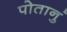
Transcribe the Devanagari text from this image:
पोतानुं